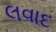
લવાદ